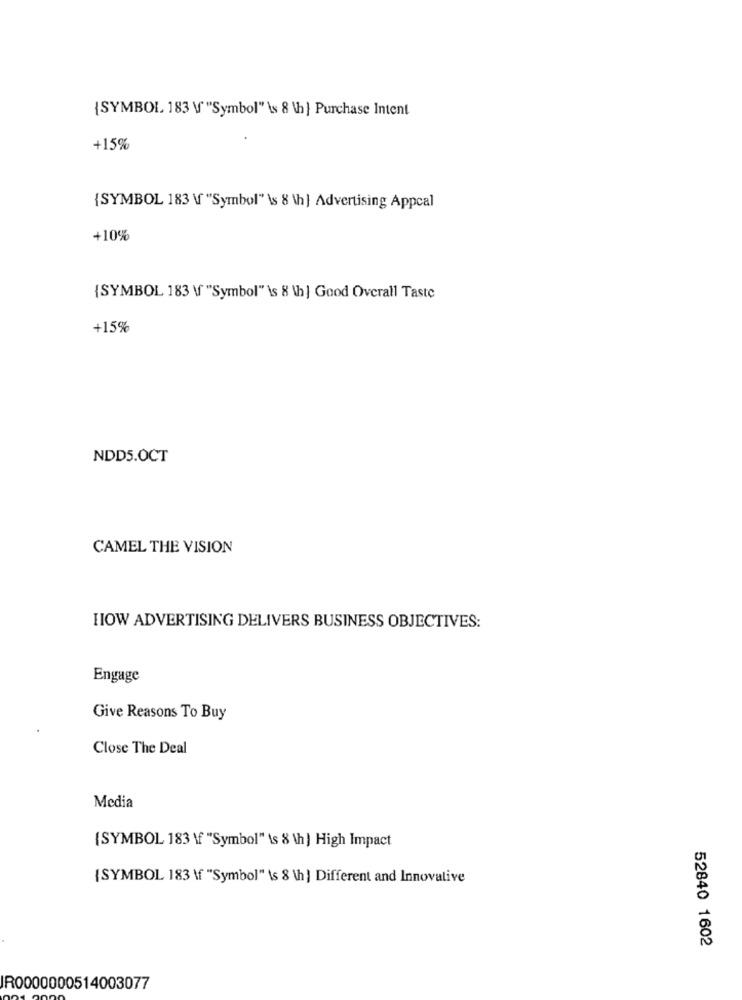
{SYMBOL. 183 \ "Symbol" \s 8 \h } Purchase Intent
+15%
{SYMBOL 183 \ "Symbol" \s 8 \h] Advertising Appcal
+10%
{SYMBOL 183 \f "Symbol" \s 8 \h ] Good Overall Taste
+15%
NDD5.OCT
CAMEL THE VISION
HOW ADVERTISING DELIVERS BUSINESS OBJECTIVES:
Engage
Give Reasons To Buy
Close The Deal
Media
(SYMBOL 183 \f "Symbol" \s 8 \h ] High Impact
{SYMBOL 183 \f "Symbol" \s 8 \h } Different and Innovative
52840 1602
IR0000000514003077